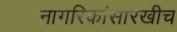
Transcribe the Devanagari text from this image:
नागरिकांसारखीच